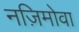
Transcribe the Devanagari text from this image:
नज़िमोवा